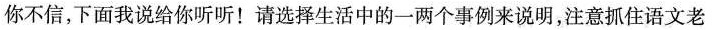
你不信，下面我说给你听听！请选择生活中的一两个事例来说明，注意抓住语文老